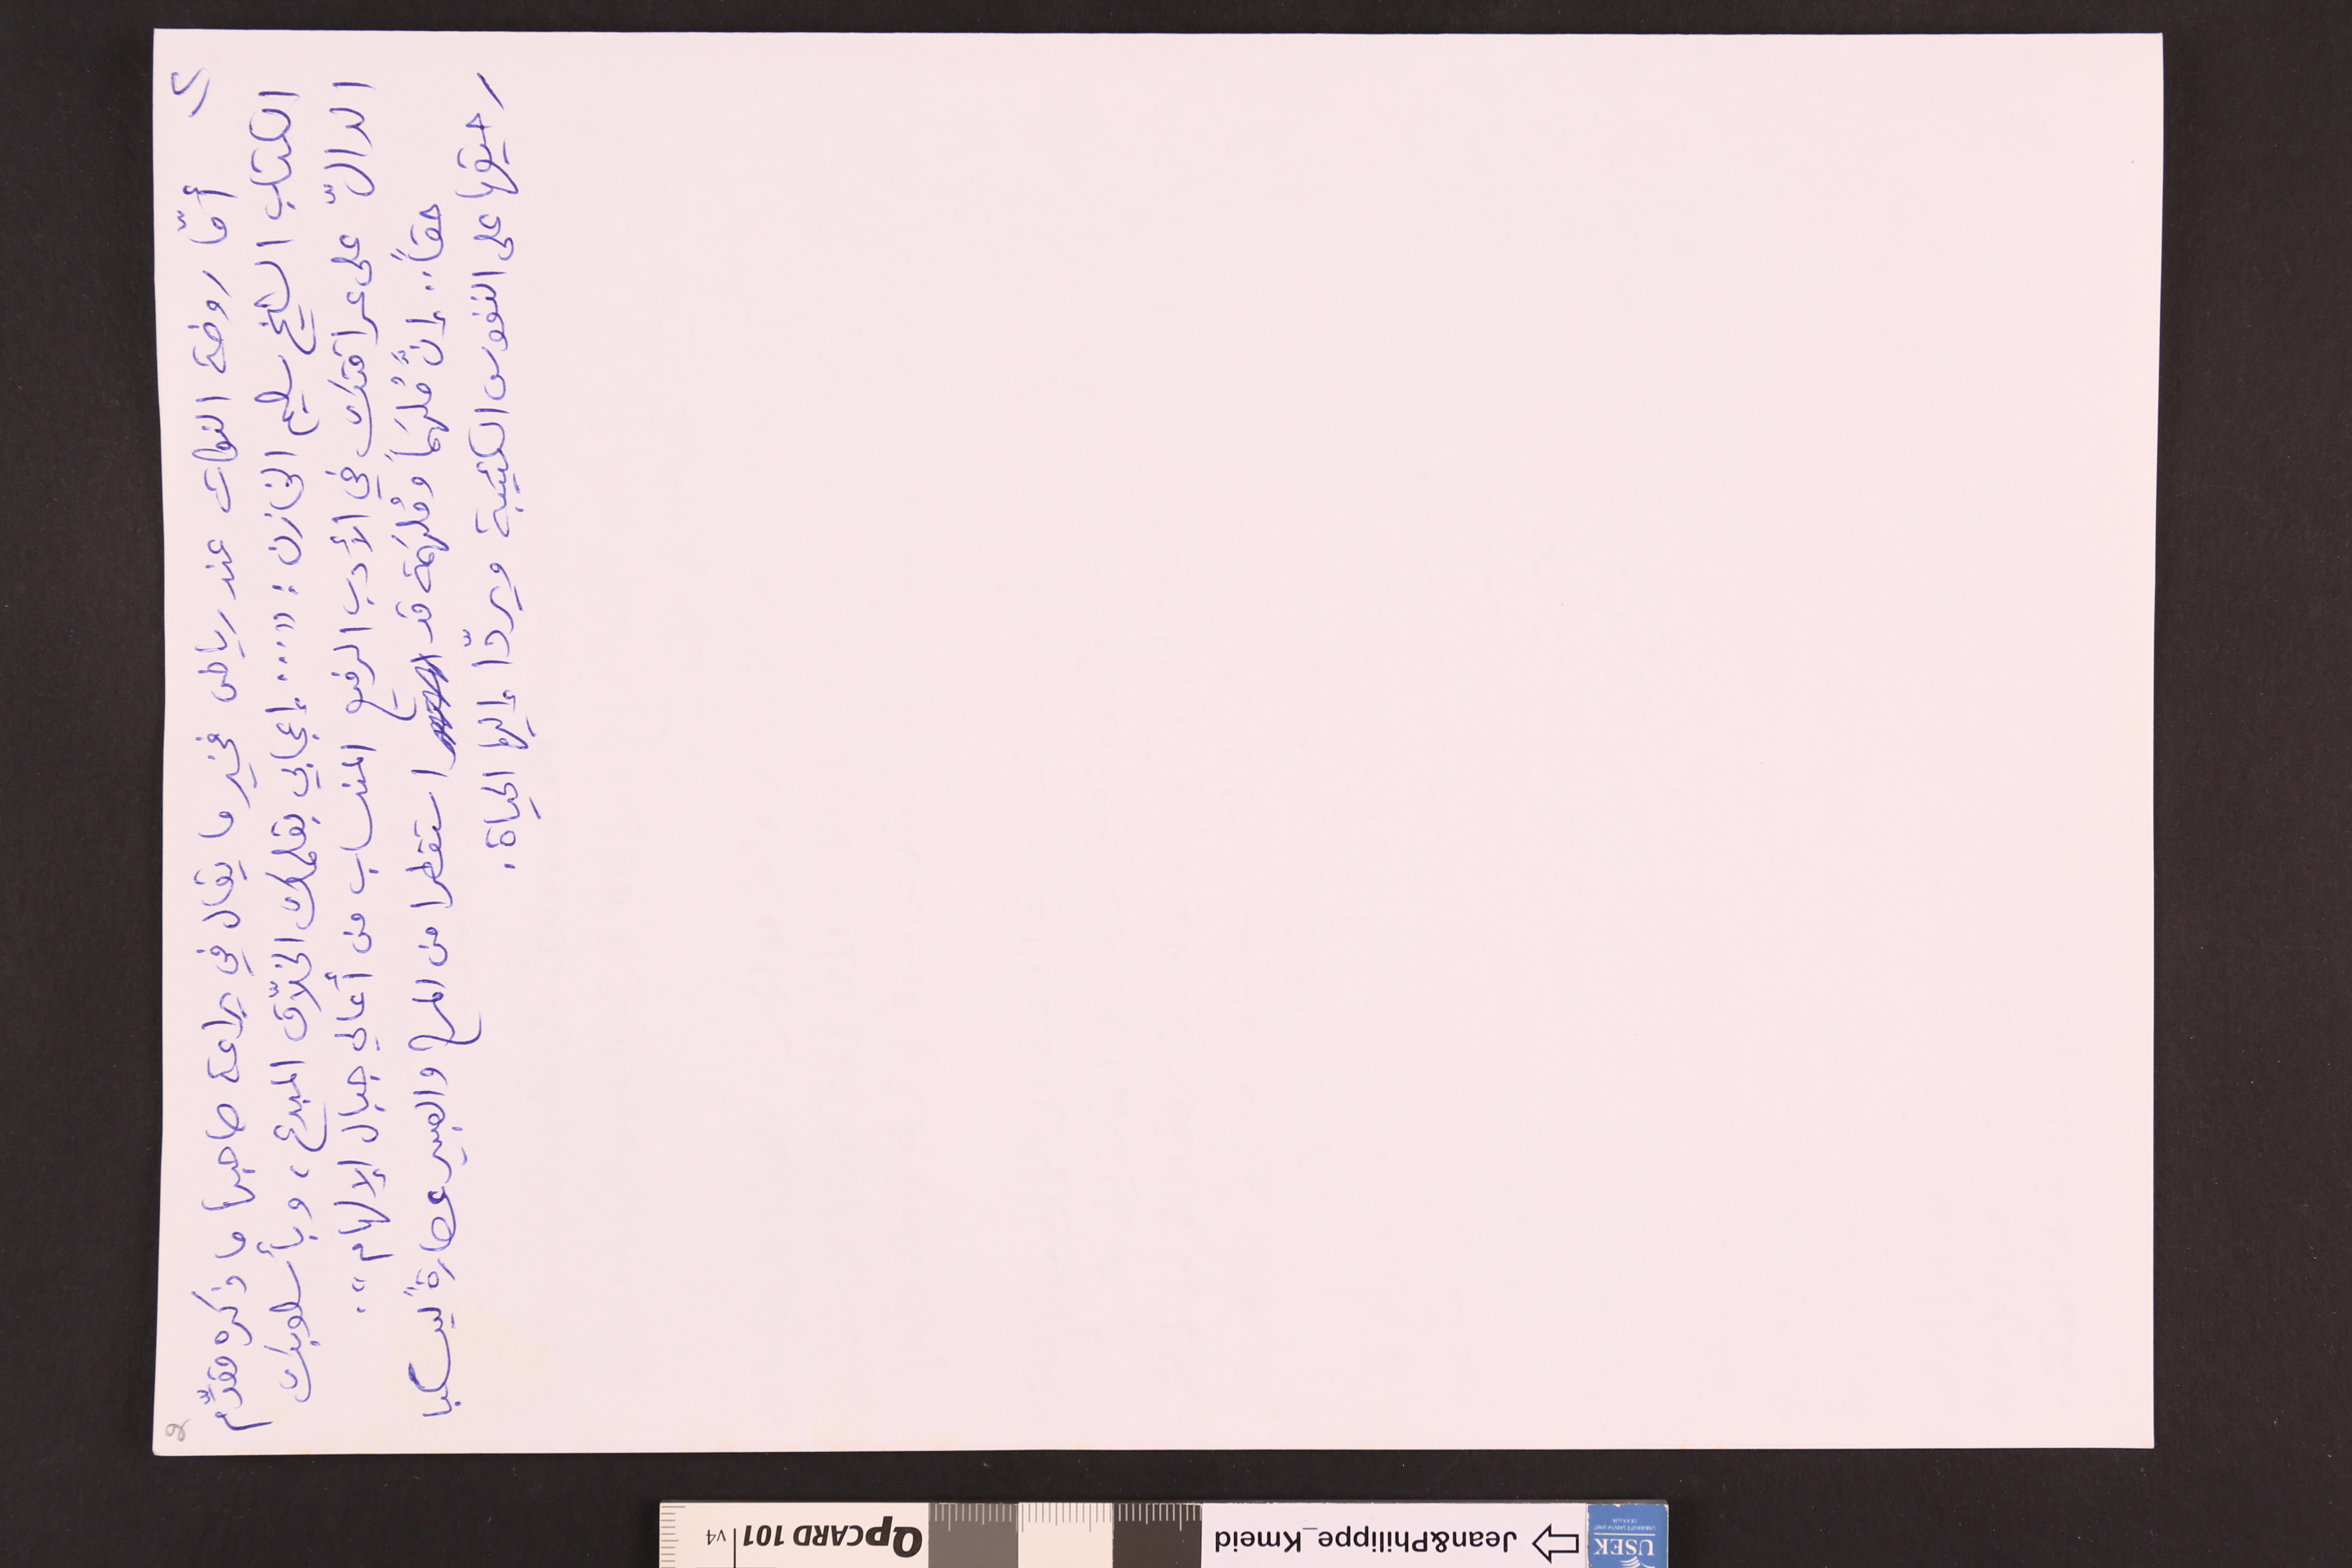
٢) أمّا روضة النكات عند رياض فخير ما يقال في براعة صاحبها ما ذكره مقدِّم 2
الكتاب الشيخ سليم الخازن : " ... إعجابي بقلمك الخلاّق المبدع، وبأسلوبك
الدالّ على عراقتك في الأدب الرفيع المنساب من أعالي جبال الإلهام".
حقاً .. إنَّ مُلهَماً ومُلهَمة قد استقطرا من المرح والعبير عصارةً ليسكبا
رحيقها على النفوس الكئيبة ويردّا إليها الحياة.